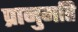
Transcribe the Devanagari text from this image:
प्रानुमति